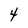
Character: 4